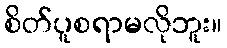
စိတ်ပူစရာမလိုဘူး။